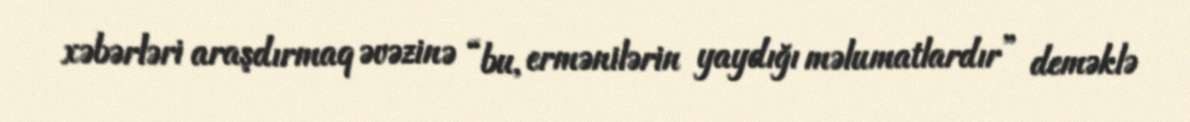
xəbərləri araşdırmaq əvəzinə “bu, ermənilərin yaydığı məlumatlardır” deməklə